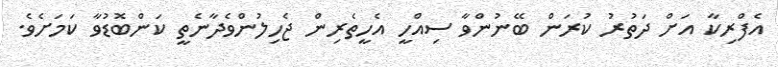
އެފްރިކާ އަށް ދަތުރު ކުރަން ބޭނުންވާ ސިއްހީ އެހީތެރިން ޖެހިލުންވެދާނެތީ ކަންބޮޑުވާ ކަމަށެވެ.